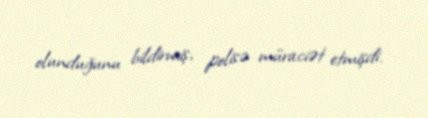
olunduğunu bildirmiş, polisə müraciət etmişdi.